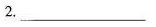
2.___